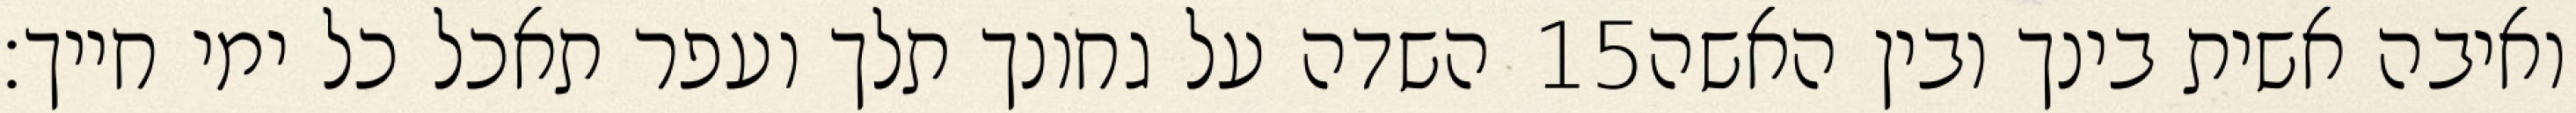
השדה על גחונך תלך ועפר תאכל כל ימי חייך׃ ‎15‏ ואיבה אשית בינך ובין האשה